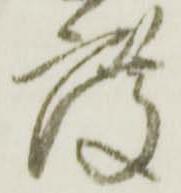
度